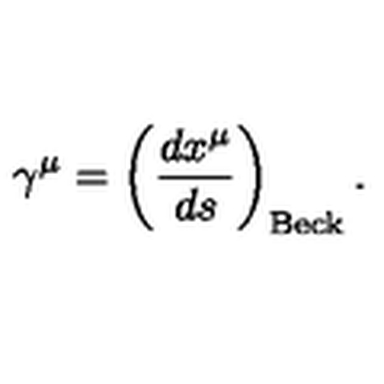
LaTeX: \gamma ^ { \mu } = \left( \frac { d x ^ { \mu } } { d s } \right) _ { \mathrm { B e c k } } .